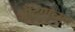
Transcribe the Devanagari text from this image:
अँटिगाच्या